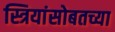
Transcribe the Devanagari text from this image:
स्त्रियांसोबतच्या